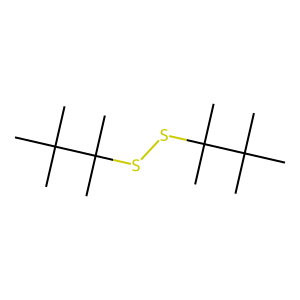
SMILES: CC(C)(C)C(C)(C)SSC(C)(C)C(C)(C)C
Inhibits HIV replication: No